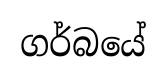
ගර්බයේ